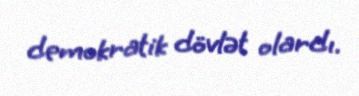
demokratik dövlət olardı.